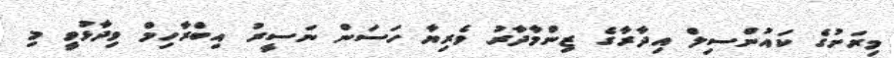
މިރަށުގެ ކައުންސިލް އިދާރާގެ ޒިންމާދާރު ވެރިޔާ ހަސަން ނަސީރު އިބްރާހިމް ވިދާޅުވީ މި